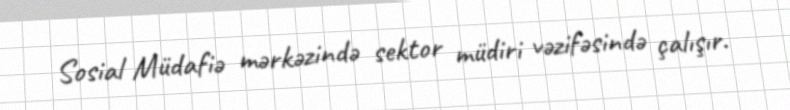
Sosial Müdafiə mərkəzində sektor müdiri vəzifəsində çalışır.